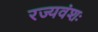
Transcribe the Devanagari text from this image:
रज्यवंशः